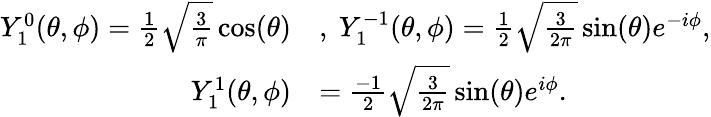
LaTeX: \begin{array}{rl}{Y_{1}^{0}(\theta,\phi)=\frac 12\sqrt{\frac{3}{\pi}}\cos(\theta)}&{,\ Y_{1}^{-1}(\theta,\phi)=\frac 12\sqrt{\frac{3}{2\pi}}\sin(\theta)e^{-i\phi},}\\ {\ Y_{1}^{1}(\theta,\phi)}&{=\frac{-1}{2}\sqrt{\frac{3}{2\pi}}\sin(\theta)e^{i\phi}.}\end{array}